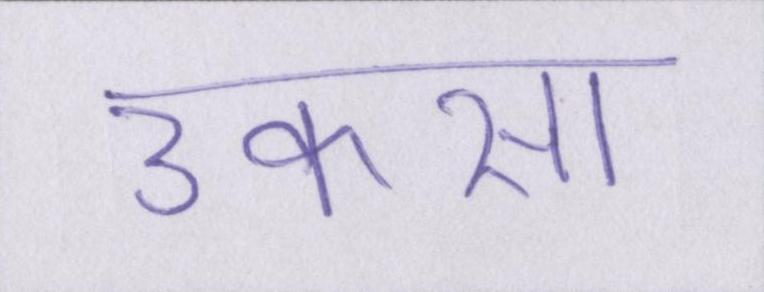
उकसा